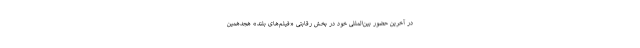
در آخرین حضور بین‌المللی خود در بخش رقابتی «فیلم‌های بلند» هجدهمین